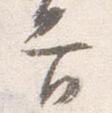
吉